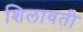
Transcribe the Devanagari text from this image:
शिलावती